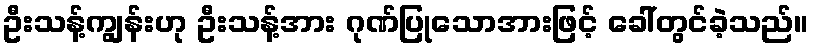
ဦးသန့်ကျွန်းဟု ဦးသန့်အား ဂုဏ်ပြုသောအားဖြင့် ခေါ်တွင်ခဲ့သည်။